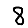
Digit: 8